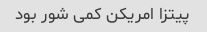
پیتزا امریکن کمی شور بود